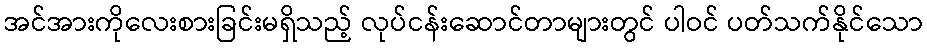
အင်အားကိုလေးစားခြင်းမရှိသည့် လုပ်ငန်းဆောင်တာများတွင် ပါဝင် ပတ်သက်နိုင်သော